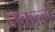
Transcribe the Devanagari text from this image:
नकल्ने